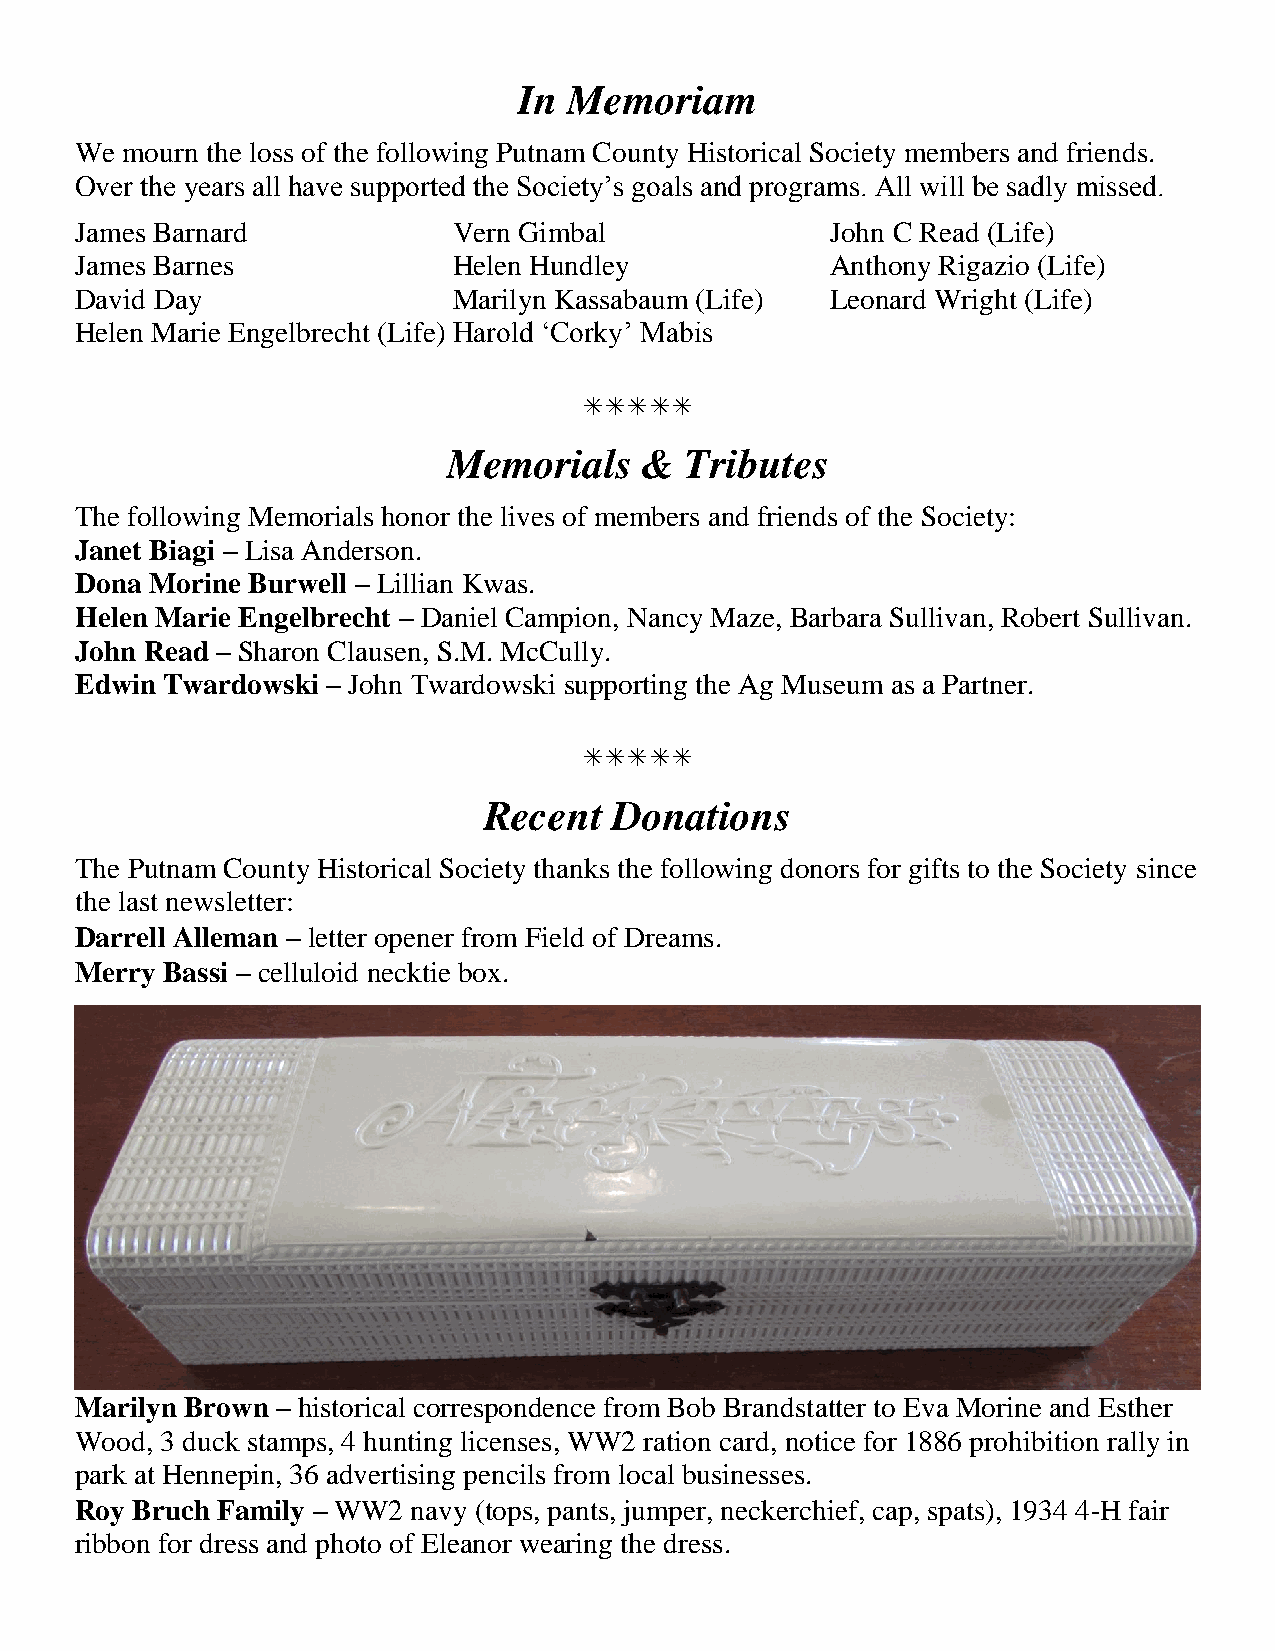
In  Memoriam
 We mourn the loss of the following Putnam County Historical Society members and friends.
 Over the years all have supported the Society’s goals and programs. All will be sadly missed.
 James Barnard            Vern Gimbal              John C Read (Life)
 James Barnes             Helen Hundley            Anthony Rigazio (Life)
 David Day                Marilyn Kassabaum (Life) Leonard Wright (Life)
 Helen Marie Engelbrecht (Life) Harold ‘Corky’ Mabis
 
 Memorials    & Tributes
 The following Memorials honor the lives of members and friends of the Society:
 Janet Biagi – Lisa Anderson.
 Dona Morine Burwell – Lillian Kwas.
 Helen Marie Engelbrecht – Daniel Campion, Nancy Maze, Barbara Sullivan, Robert Sullivan.
 John Read – Sharon Clausen, S.M. McCully.
 Edwin Twardowski – John Twardowski supporting the Ag Museum as a Partner.
 
 Recent   Donations
 The Putnam County Historical Society thanks the following donors for gifts to the Society since
 the last newsletter:
 Darrell Alleman – letter opener from Field of Dreams.
 Merry Bassi – celluloid necktie box.
 Marilyn Brown – historical correspondence from Bob Brandstatter to Eva Morine and Esther
 Wood, 3 duck stamps, 4 hunting licenses, WW2 ration card, notice for 1886 prohibition rally in
 park at Hennepin, 36 advertising pencils from local businesses.
 Roy Bruch Family – WW2 navy (tops, pants, jumper, neckerchief, cap, spats), 1934 4-H fair
 ribbon for dress and photo of Eleanor wearing the dress.